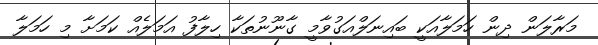
މަރާލަން ދިން ހަމަލާއަކީ ބައިނަލްއަގުވާމީ ގާނޫނުތަކާ ހިލާފު އަމަލެއް ކަމަށާ މި ހަމަލާ